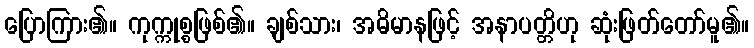
ပြောကြား၏။ ကုက္ကုစ္စဖြစ်၏။ ချစ်သား၊ အဓိမာနဖြင့် အနာပတ္တိဟု ဆုံးဖြတ်တော်မူ၏။